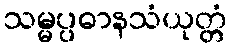
သမ္မပ္ပဓာနသံယုတ္တံ